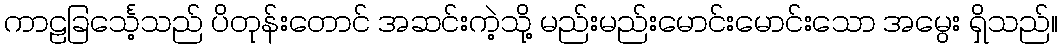
ကာဠခြင်္သေ့သည် ပိတုန်းတောင် အဆင်းကဲ့သို့ မည်းမည်းမောင်းမောင်းသော အမွေး ရှိသည်။